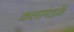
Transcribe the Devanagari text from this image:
कलामंडळे